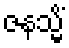
ဇနသ္မိံ